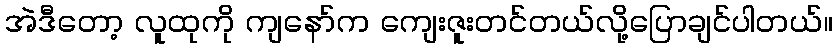
အဲဒီတော့ လူထုကို ကျနော်က ကျေးဇူးတင်တယ်လို့ပြောချင်ပါတယ်။